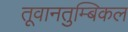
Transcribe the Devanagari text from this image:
तूवानतुम्बिकल